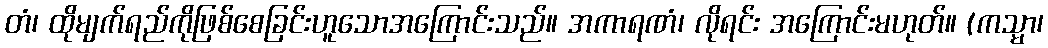
တံ၊ ထိုမျက်ရည်ကိုဖြစ်စေခြင်းဟူသောအကြောင်းသည်။ အကာရဏံ၊ လိုရင်း အကြောင်းမဟုတ်။ (ကသ္မာ၊